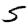
Digit: 5